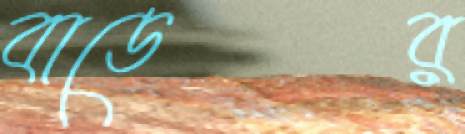
বাডের